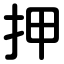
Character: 押